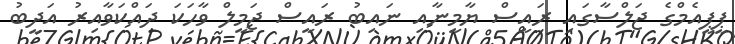
ޕީޕީއެމްގެ ޖަލްސާގައި ރައީސް ޔާމީނާއި ނައިބު ރައީސް ޖަމީލް ވާހަކަ ދައްކަވާއިރު އަދީބު